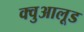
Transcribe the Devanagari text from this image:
क्वुआलूड